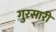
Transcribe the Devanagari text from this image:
गुरसारी